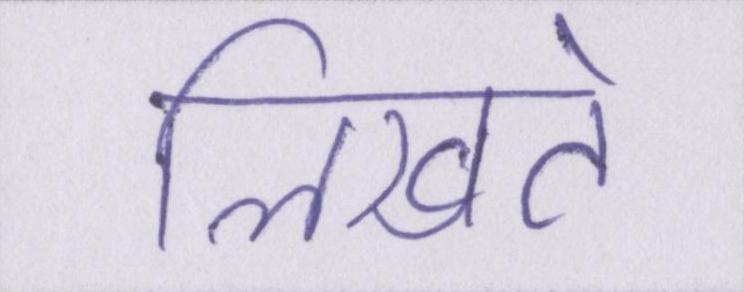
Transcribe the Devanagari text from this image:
लिखते